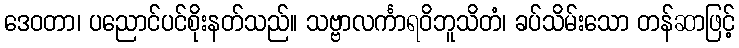
ဒေဝတာ၊ ပညောင်ပင်စိုးနတ်သည်။ သဗ္ဗာလင်္ကာရဝိဘူသိတံ၊ ခပ်သိမ်းသော တန်ဆာဖြင့်